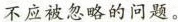
不应被忽略的问题。